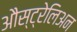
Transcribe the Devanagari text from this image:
औस्ट्रेलिअन